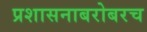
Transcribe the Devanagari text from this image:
प्रशासनाबरोबरच